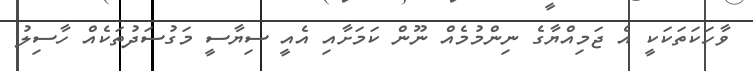
ވާހަކަތަކަކީ އެ ޖަމިއްޔާގެ ނިންމުމެއް ނޫން ކަމަށާއި އެއީ ސިޔާސީ މަގުސަދުތަކެއް ހާސިލު